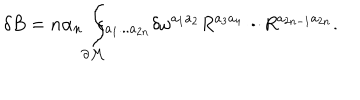
\delta B = n \alpha _ { n } \int _ { \partial { \cal M } } \! \! \! \! \epsilon _ { a _ { 1 } . . . a _ { 2 n } } \delta \omega ^ { a _ { 1 } a _ { 2 } } R ^ { a _ { 3 } a _ { 4 } } \! \cdot \! \cdot \! \cdot \! R ^ { a _ { 2 n - 1 } a _ { 2 n } } .